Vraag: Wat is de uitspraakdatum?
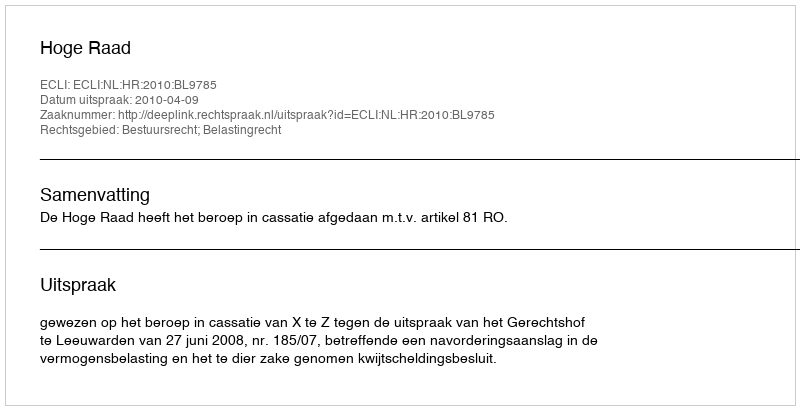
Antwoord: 2010-04-09